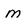
Character: m